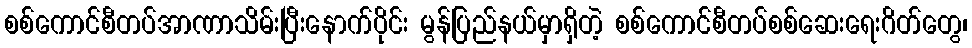
စစ်ကောင်စီတပ်အာဏာသိမ်းပြီးနောက်ပိုင်း မွန်ပြည်နယ်မှာရှိတဲ့ စစ်ကောင်စီတပ်စစ်ဆေးရေးဂိတ်တွေ၊